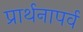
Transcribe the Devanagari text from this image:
प्रार्थनापर्व